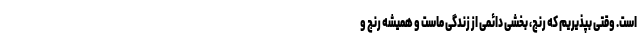
است. وقتی بپذیریم که رنج، بخشی دائمی از زندگی ماست و همیشه رنج و